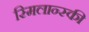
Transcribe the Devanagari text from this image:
स्मिलान्स्की